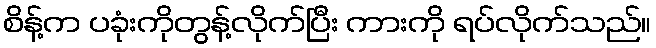
စိန့်က ပခုံးကိုတွန့်လိုက်ပြီး ကားကို ရပ်လိုက်သည်။